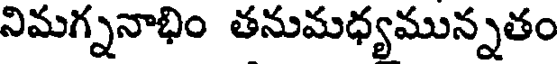
నిమగ్ననాభిం తనుమధ్యమున్నతం